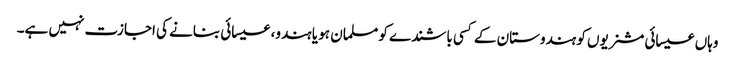
وہاں عیسائی مشنریوں کو ہندوستان کے کسی باشندے کو مسلمان ہو یا ہندو، عیسائی بنانے کی اجازت نہیں ہے۔